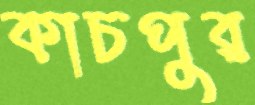
কাচপুর